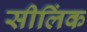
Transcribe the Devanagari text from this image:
सीलिंक